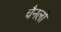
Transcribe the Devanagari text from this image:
चैनलो